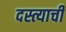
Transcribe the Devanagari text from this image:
दस्त्याची